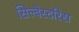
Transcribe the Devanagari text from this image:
सिल्वेस्टरिस